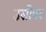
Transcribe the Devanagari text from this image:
उसीपर